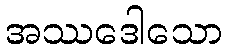
အဿဒေါသော